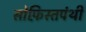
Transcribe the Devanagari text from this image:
सोफ़िस्तपंथी